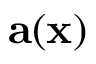
\mathbf { a } ( \mathbf { x } )